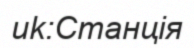
uk:Станція